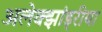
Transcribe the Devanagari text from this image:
अलेक्झांड्रीया